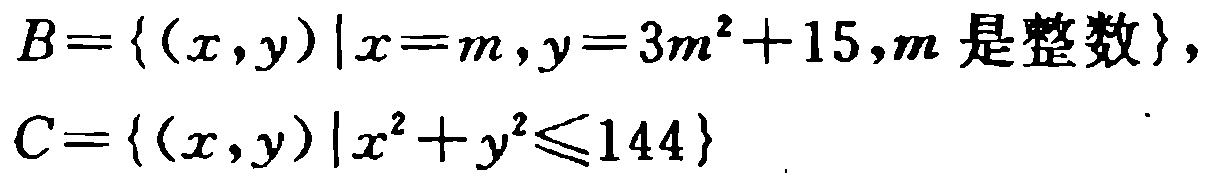
\(B = \{ (x,y)\mid x = m,y = 3m^{2}+15,m\text{ 是整数}\}\)，

\(C=\{(x,y)\mid x^{2}+y^{2}\leqslant144\}\)